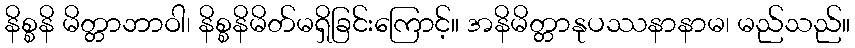
နိစ္စနိ မိတ္တာဘာဝါ၊ နိစ္စနိမိတ်မရှိခြင်းကြောင့်။ အနိမိတ္တာနုပဿနာနာမ၊ မည်သည်။